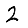
Digit: 2